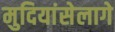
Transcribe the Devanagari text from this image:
मुदियांसेलागे